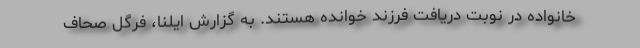
خانواده در نوبت دریافت فرزند خوانده هستند. به گزارش ایلنا، فرگل صحاف